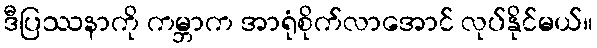
ဒီပြဿနာကို ကမ္ဘာက အာရုံစိုက်လာအောင် လုပ်နိုင်မယ်။